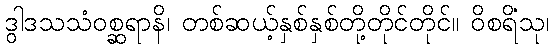
ဒွါဒသသံဝစ္ဆရာနိ၊ တစ်ဆယ့်နှစ်နှစ်တို့တိုင်တိုင်။ ဝိစရိံသု၊